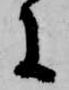
に